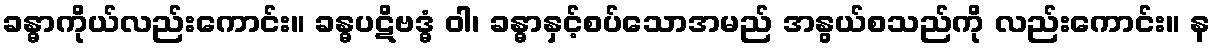
ခန္ဓာကိုယ်လည်းကောင်း။ ခန္ဓပဋိဗဒ္ဓံ ဝါ၊ ခန္ဓာနှင့်စပ်သောအမည် အနွယ်စသည်ကို လည်းကောင်း။ န